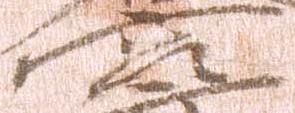
宮